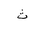
Letter: _tha